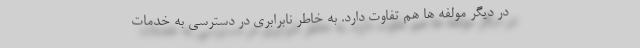
در دیگر مولفه ها هم تفاوت دارد. به خاطر نابرابری در دسترسی به خدمات